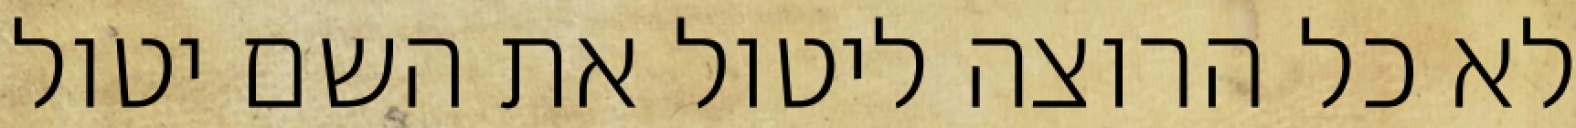
לא כל הרוצה ליטול את השם יטול